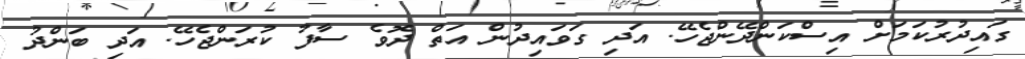
ގައިދުރުކަމަށް އިސްކަންދޭންޖެހޭ. އަދި ގަވައިދުން އަތް ދޮވެ ސާފު ކުރަންޖެހޭ. އަދި ބަންދު